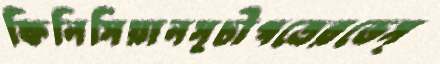
ফিনিসিয়ানসূচীপত্রেরভেস্